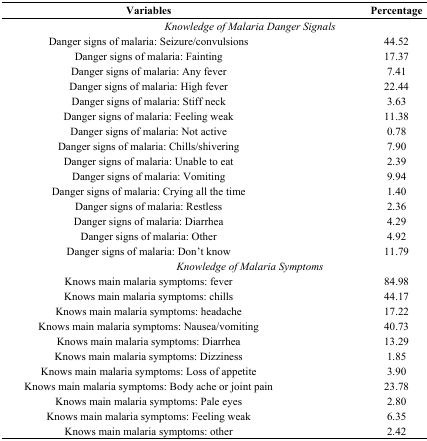
<table><thead><tr><td><b>Variables</b></td><td><b>Percentage</b></td></tr></thead><tbody><tr><td colspan="2"><i>Knowledge of Malaria Danger Signals</i></td></tr><tr><td>Danger signs of malaria: Seizure/convulsions</td><td>44.52</td></tr><tr><td>Danger signs of malaria: Fainting</td><td>17.37</td></tr><tr><td>Danger signs of malaria: Any fever</td><td>7.41</td></tr><tr><td>Danger signs of malaria: High fever</td><td>22.44</td></tr><tr><td>Danger signs of malaria: Stiff neck</td><td>3.63</td></tr><tr><td>Danger signs of malaria: Feeling weak</td><td>11.38</td></tr><tr><td>Danger signs of malaria: Not active</td><td>0.78</td></tr><tr><td>Danger signs of malaria: Chills/shivering</td><td>7.90</td></tr><tr><td>Danger signs of malaria: Unable to eat</td><td>2.39</td></tr><tr><td>Danger signs of malaria: Vomiting</td><td>9.94</td></tr><tr><td>Danger signs of malaria: Crying all the time</td><td>1.40</td></tr><tr><td>Danger signs of malaria: Restless</td><td>2.36</td></tr><tr><td>Danger signs of malaria: Diarrhea</td><td>4.29</td></tr><tr><td>Danger signs of malaria: Other</td><td>4.92</td></tr><tr><td>Danger signs of malaria: Don’t know</td><td>11.79</td></tr><tr><td colspan="2"><i>Knowledge of Malaria Symptoms</i></td></tr><tr><td>Knows main malaria symptoms: fever</td><td>84.98</td></tr><tr><td>Knows main malaria symptoms: chills</td><td>44.17</td></tr><tr><td>Knows main malaria symptoms: headache</td><td>17.22</td></tr><tr><td>Knows main malaria symptoms: Nausea/vomiting</td><td>40.73</td></tr><tr><td>Knows main malaria symptoms: Diarrhea</td><td>13.29</td></tr><tr><td>Knows main malaria symptoms: Dizziness</td><td>1.85</td></tr><tr><td>Knows main malaria symptoms: Loss of appetite</td><td>3.90</td></tr><tr><td>Knows main malaria symptoms: Body ache or joint pain</td><td>23.78</td></tr><tr><td>Knows main malaria symptoms: Pale eyes</td><td>2.80</td></tr><tr><td>Knows main malaria symptoms: Feeling weak</td><td>6.35</td></tr><tr><td>Knows main malaria symptoms: other</td><td>2.42</td></tr></tbody></table>